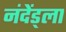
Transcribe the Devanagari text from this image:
नंदेंड्ला